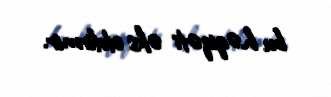
bu həqiqəti əks etdirmir.